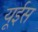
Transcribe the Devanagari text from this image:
यूईस